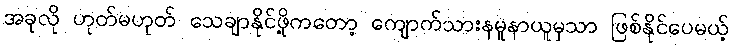
အခုလို ဟုတ်မဟုတ် သေချာနိုင်ဖို့ကတော့ ကျောက်သားနမူနာယူမှသာ ဖြစ်နိုင်ပေမယ့်